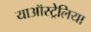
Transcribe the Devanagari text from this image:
याऑस्ट्रेलिया